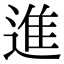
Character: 進